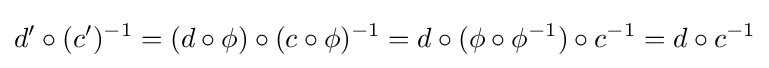
d'\circ (c')^{-1}=(d\circ \phi )\circ (c\circ \phi )^{-1}=d\circ (\phi \circ \phi ^{-1})\circ c^{-1}=d\circ c^{-1}